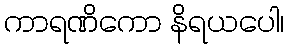
ကာရဏိကော နိရယပေါ၊